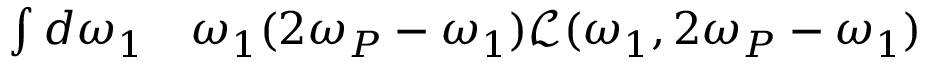
\begin{array} { r l } { \int d \omega _ { 1 } } & { { } \omega _ { 1 } ( 2 \omega _ { P } - \omega _ { 1 } ) \mathcal { L } ( \omega _ { 1 } , 2 \omega _ { P } - \omega _ { 1 } ) } \end{array}